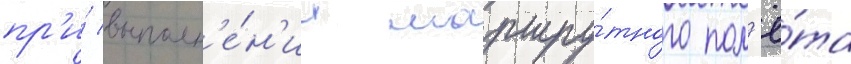
пр'и́ выполн'е́н'ии маршру́тного пол'ё́та